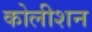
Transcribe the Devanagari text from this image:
कोलीशन